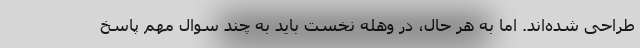
طراحی شده‌اند. اما به هر حال، در وهله نخست باید به چند سوال مهم پاسخ